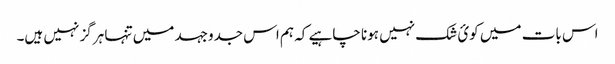
اس بات میں کوئ شک نہیں ہونا چاہیے کہ ہم اس جدوجہد میں تنہا ہرگز نہیں ہیں۔